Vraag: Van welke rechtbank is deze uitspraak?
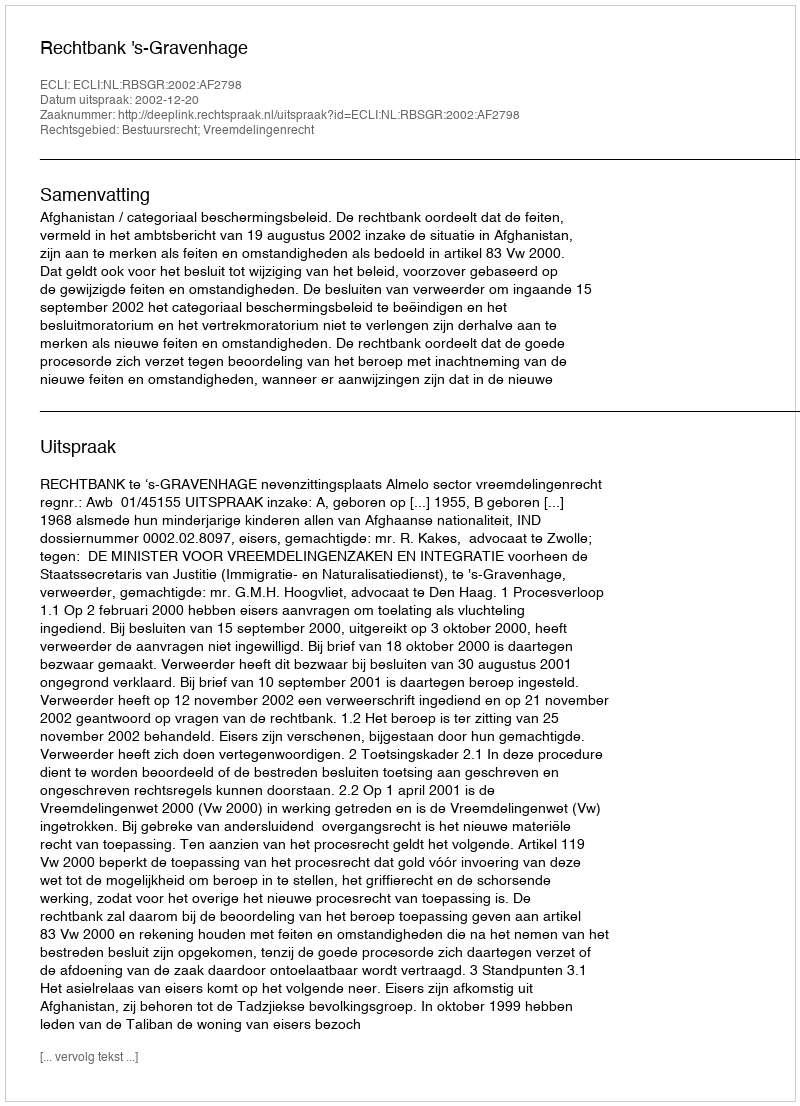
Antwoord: Rechtbank 's-Gravenhage